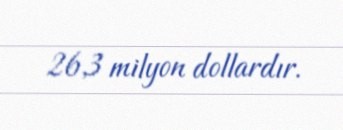
26,3 milyon dollardır.